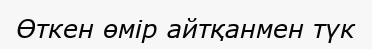
Өткен өмір айтқанмен түк